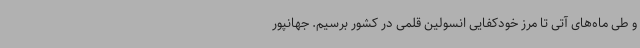
و طی ماه‌های آتی تا مرز خودکفایی انسولین قلمی در کشور برسیم. جهانپور